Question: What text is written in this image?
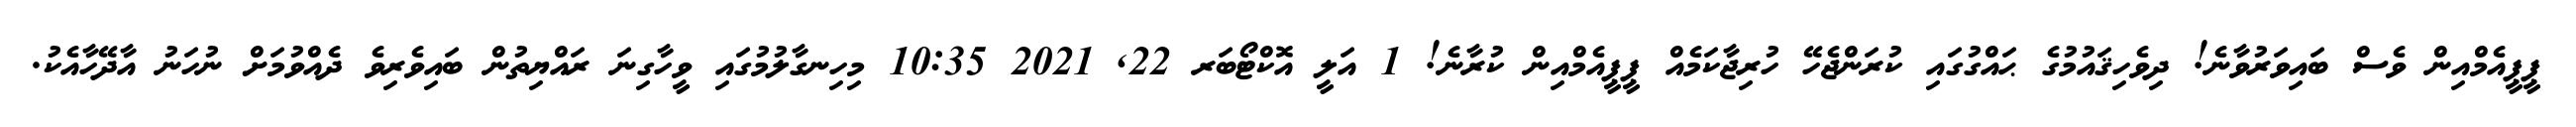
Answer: ޕީޕީއެމްއިން ވެސް ބައިވަރުވާނެ! ދިވެހިޤައުމުގެ ޙައްގުގައި ކުރަންޖެހޭ ހުރިޖާކަމެއް ޕީޕީއެމްއިން ކުރާނެ! 1 އަލީ އޮކްޓޯބަރ 22, 2021 10:35 މިހިނގާލުމުގައި ވީހާގިނަ ރައްޔިތުން ބައިވެރިވެ ދެއްވުމަށް ނުހަނު އާދޭހާއެކު.